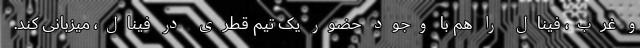
و غرب، فینال را هم با وجود حضور یک تیم قطری در فینال، میزبانی کند.